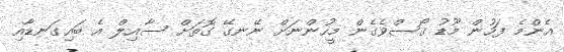
އެންމެ ފަހުން މޫޑު ގޯސްވެގެން މީހުންނަށް ނޭނގޭ ގޮތަށް ސާއިލް އެ ބައިގަނޑާއި